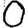
Digit: 0